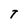
Character: T